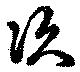
次